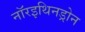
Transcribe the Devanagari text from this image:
नॉरइथिनड्रोन